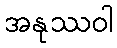
အနုဿဝါ